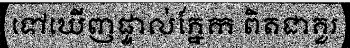
ទៅឃើញផ្ទាល់ភ្នែក ពិតជាគួរ